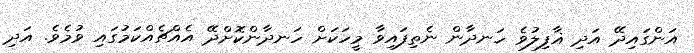
އަންގައިދޭ އަދި ޣާފިލުވެ ހަނދާން ނެތިފައިވާ މީހަކަށް ހަނދާންކޮށްދޭ އެއްޗެއްކަމުގައި ވުމެވެ. އަދި